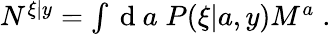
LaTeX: \begin{array}{r}{N^{\xi|y}=\int\mathrm{~d~}a\; P(\xi|a,y)M^{a}\; .}\end{array}